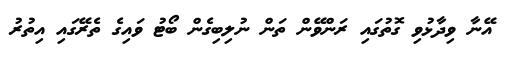
އޭނާ ވިދާޅުވި ގޮތުގައި ރަންވޭން ތަން ނުލިބިގެން ބޯޓު ވައިގެ ތެރޭގައި އިތުރު